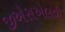
જીએસએલવી